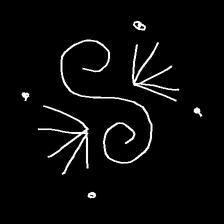
Glyph: aeroform